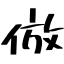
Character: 倣